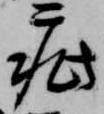
疵